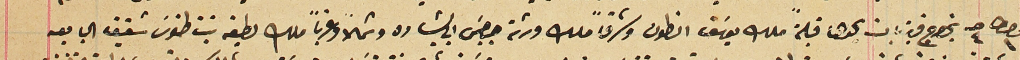
قيراط ١ حبه ٤ بخراج قرية بان يحدها قبلة ملك يوسَف انطون وشرقاً ملك ورثه جرجسَ ابي بشاره وشمالاً وغرباً ملك لطيفه بنت طنوس شقيق البايعه